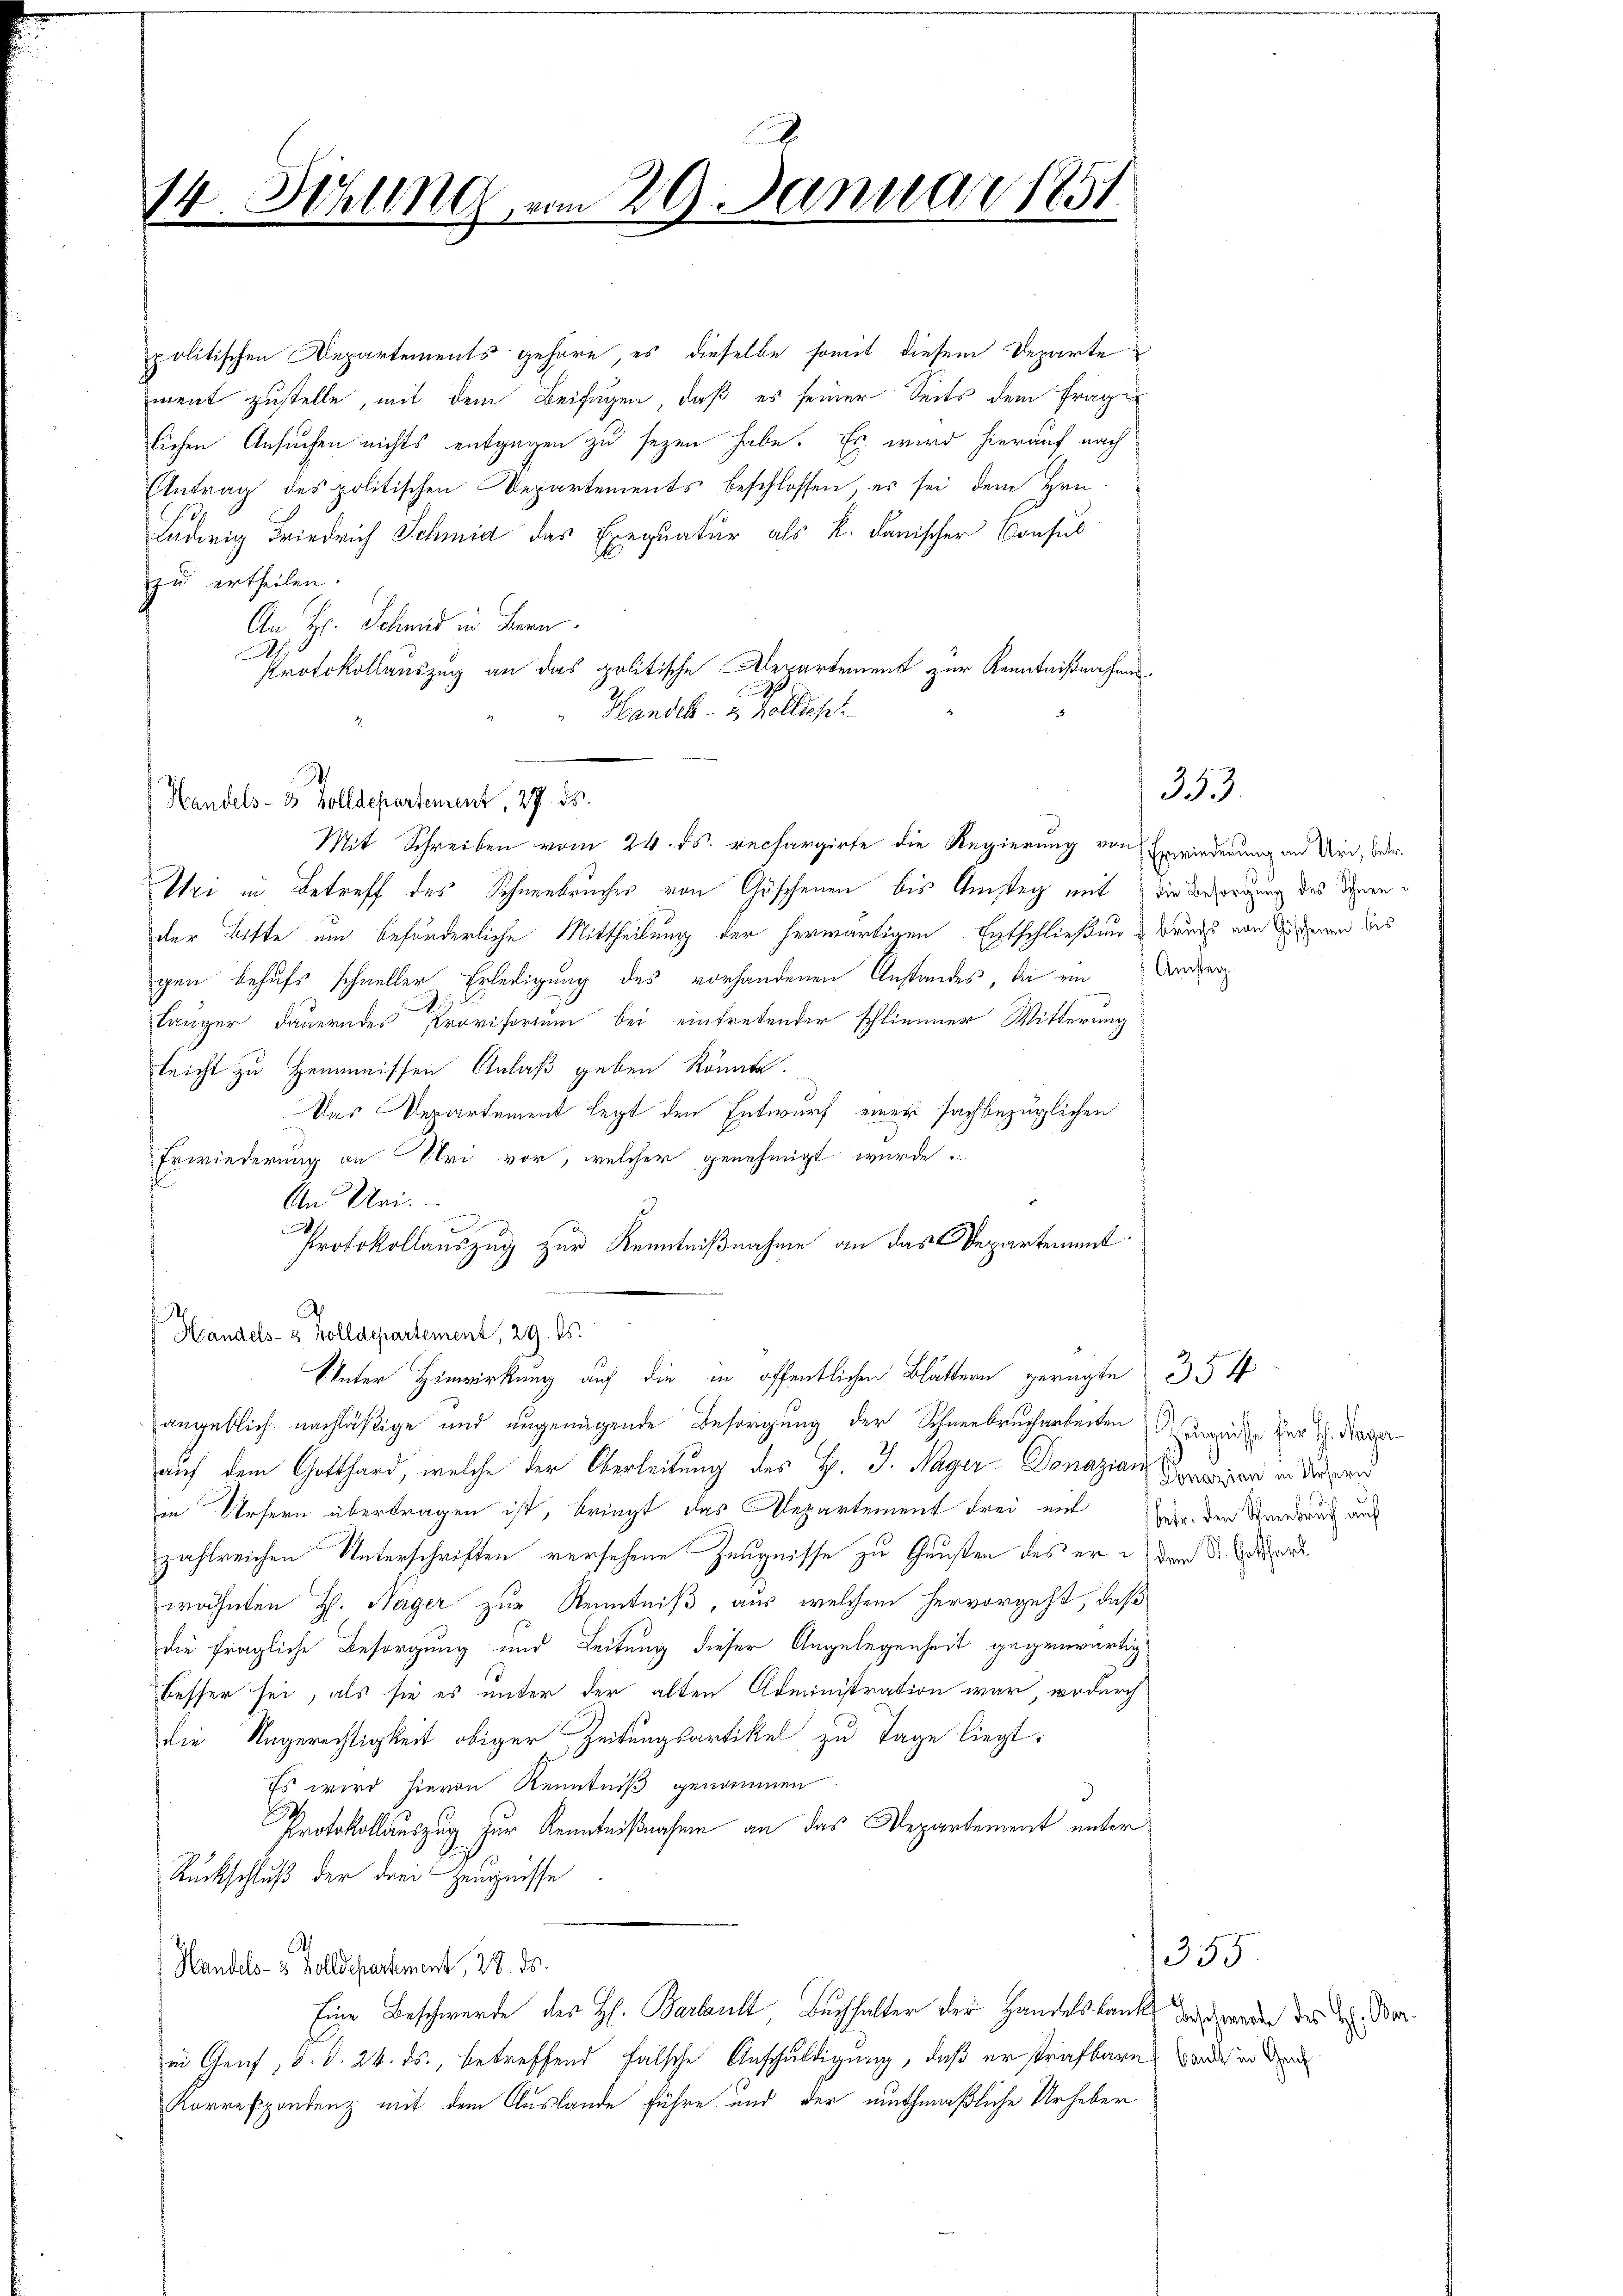
14. Schling vom 29. Januar 1851.

politischen Departements gehöre, es dieselbe somit diesem Departe
ment zustelle, mit dem Beifügen, daß es seiner Seits dem Frage
lichen Ansuchen nichts entgegen zu sezen habe. Es wird hierauf nach
Antrag des politischen Departements beschlossen, es sei dem Hrn.
Ludwig Friedrich Schmid das Exequatur als k. danischer Consul
zu ertheilen.
An Hr. Schmid in Bern
s
Protokollauszug an das politische Departement zur Kenntnißnahmen
Handels- & Zolldesch
Handels- 5 Zolldepartement, 27. ds.
Mit Schreiben vom 24. ds. rechargirte die Regierung von Einwiederung an Uri, betr.
Uri in Betreff des Schneebruches von Göschenen bis Umstag mit die Besorgung des Schwender Bitte um beförderliche Mittheilung der herwärtigen Entschließen Bruchs von Er man des
gen behufs schneller Erledigung des vorhandenen Anstandes, da ein Unter
.
länger dauerndes Provisorium bei eintretender schlimmer Witterung
leicht zu Hemmnissen. Anlaß geben könnte.
Das Departement legt den Entwurf einer sachbezüglichen
Erwiederung an Sei vor, welcher genehmigt wurde,
s
An Uri.
Protokollauszug zur Kenntnißnahme an das Departement
.
Handels- & Zolldepartement, 29. ds.
Unter Hinwirkung auf die in öffentlichen Blättern gerügte 35 f
angeblich nachläßige und ungenügende Besorgung der Schneebrucharbeiten zur Herr J. Hager
auf dem Gotthard, welche der Oberleitung des H. J. Hager-Donazion Sei in diesend
in Ursern übertragen ist, bringt das Departement Frei mit er den Warnung auf
zahlreichen Unterschriften versehene Zeugnisse zu Gunsten des er dem Dr. Art.
wähnten H. Nager zur Kenntniß, aus welchem hervorgeht, daß
die fragliche Besorgung und Leitung dieser Angelegenheit gegenwärtig
besser sei, als sie es unter der alten Administration war, wodurch
die Ungerechtigkeit obiger Zeitungsartikel zu Tage liegt:
Es wird hievon Kenntniß genommen.
Protokollauszug zur Kenntnißnahme an das Departement unter
Rückschluß der drei Zeugnisse
A
Handels- 3 Zolldepartement, 28. ds.
Eine Beschwerde des H. Barbault Buchhalter der Handelsbank zu werden des H. Vorin Genf, v. d. 24. ds., betreffend falsche Anschuldigung, daß er strafbare wordes in den
Korrespondenz mit dem Auslande führe und der muthmaßliche Urheber

353.

355